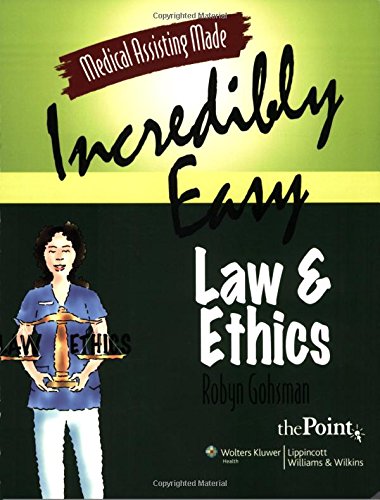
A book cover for Medical Assisting Made Incredibly Easy: Law and Ethics; Robyn Gohsman AAS; Medical Books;